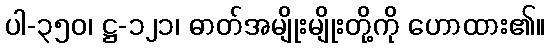
ပါ-၃၅၀၊ ဋ္ဌ-၁၂၁၊ ဓာတ်အမျိုးမျိုးတို့ကို ဟောထား၏။